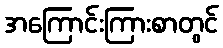
အကြောင်းကြားစာတွင်